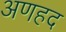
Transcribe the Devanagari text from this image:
अणहद